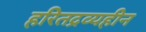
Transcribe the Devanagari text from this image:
हरितद्रव्यहीन